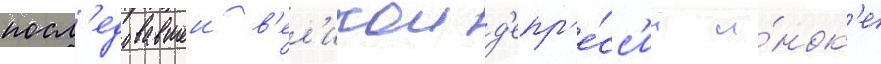
посл'едовавшеи в'ел'икои д'епр'е́сс'ии и́нок'е